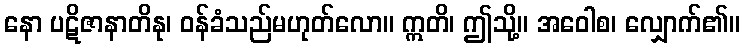
နော ပဋိဇာနာတိနု၊ ဝန်ခံသည်မဟုတ်လော။ ဣတိ၊ ဤသို့။ အဝေါစ၊ လျှောက်၏။